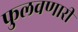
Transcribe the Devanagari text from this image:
फुलवणारी